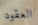
العقود